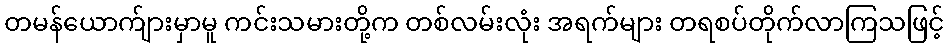
တမန်ယောက်ျားမှာမူ ကင်းသမားတို့က တစ်လမ်းလုံး အရက်များ တရစပ်တိုက်လာကြသဖြင့်